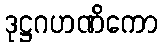
ဒုဋ္ဌဂဟဏိကော